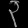
Digit: ၃